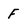
Character: f